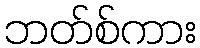
ဘတ်စ်ကား